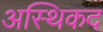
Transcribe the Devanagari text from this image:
अस्थिकद